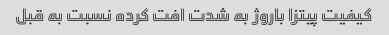
کیفیت پیتزا باروژ به شدت افت کرده نسبت به قبل